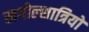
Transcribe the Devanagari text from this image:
खगोल्शात्रियों